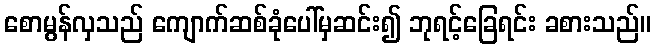
စောမွန်လှသည် ကျောက်ဆစ်ခုံပေါ်မှဆင်း၍ ဘုရင့်ခြေရင်း ခစားသည်။